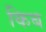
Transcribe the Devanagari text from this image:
किब